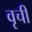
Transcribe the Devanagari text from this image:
वृची